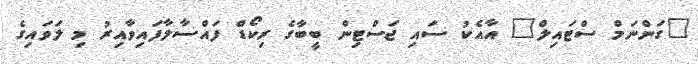
"ގަންނަމް ސްޓައިލް" އާއެކު ސައި ޖަސްޓިން ބީބާގެ ރިކޯޑް ފައްސާލާފައިވާއިރު މި ލަވައިގެ